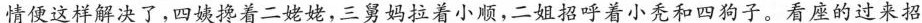
情便这样解决了， 四姨搀着二姥姥，三舅妈拉着小顺，二姐招呼着小秃和四狗子。看座的过来招